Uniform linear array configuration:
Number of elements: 16
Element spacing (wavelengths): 0.5
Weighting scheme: exponential
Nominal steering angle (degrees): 0
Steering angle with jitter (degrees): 0.6165
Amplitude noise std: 0.05
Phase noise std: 0.05

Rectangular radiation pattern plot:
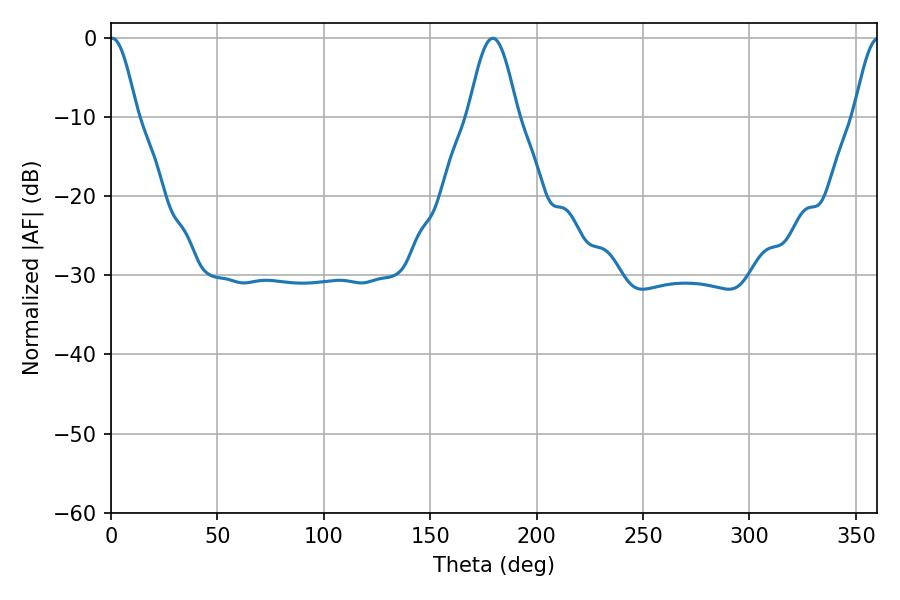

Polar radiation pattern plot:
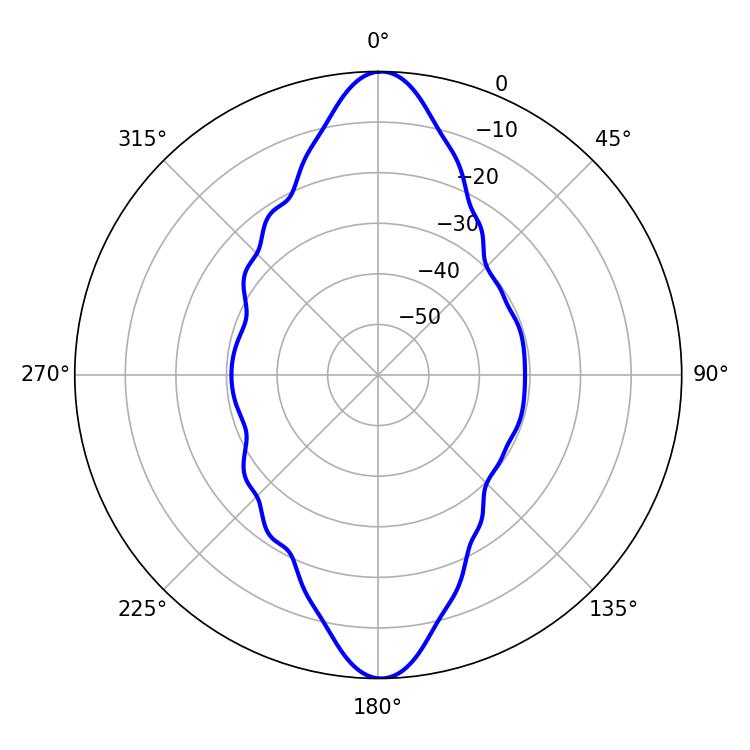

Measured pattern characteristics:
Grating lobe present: FALSE
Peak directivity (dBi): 26.822
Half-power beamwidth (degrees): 6.84
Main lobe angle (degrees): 0.54